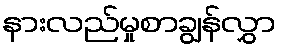
နားလည်မှုစာချွန်လွှာ